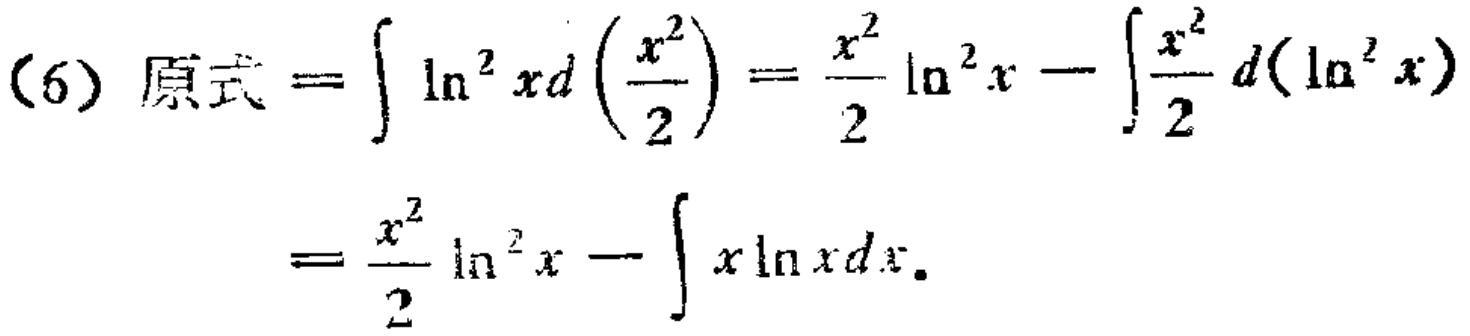
(6) 原式 \(=\int \ln^{2}x d\left(\frac{x^{2}}{2}\right)=\frac{x^{2}}{2}\ln^{2}x-\int\frac{x^{2}}{2}d(\ln^{2}x)\)

\(=\frac{x^{2}}{2}\ln^{2}x-\int x\ln xdx\)